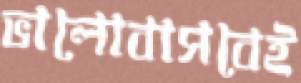
ভালোবাসবেই